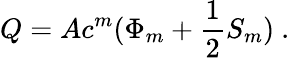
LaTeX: Q=Ac^{m}(\Phi_{m}+\frac{1}{2}S_{m})~.